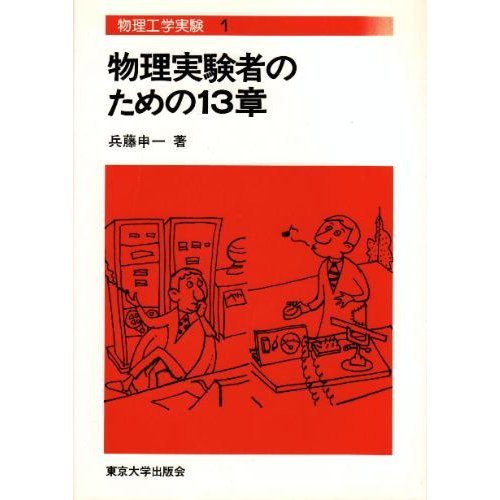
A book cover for Chapter 13 for the physical experimenter (engineering physics experiment (1)) (1976) ISBN: 4130630210 [Japanese Import]; Science & Math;